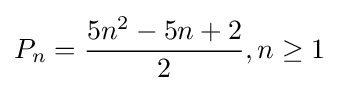
P_{n}={{5n^{2}-5n+2} \over 2},n\geq 1